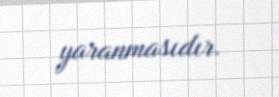
yaranmasıdır.